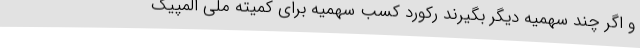
و اگر چند سهمیه دیگر بگیرند رکورد کسب سهمیه برای کمیته ملی المپیک